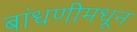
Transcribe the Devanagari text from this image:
बांधणीमधून